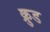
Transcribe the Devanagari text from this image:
क्रुड